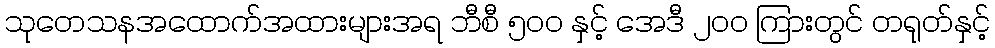
သုတေသနအထောက်အထားများအရ ဘီစီ ၅၀၀ နှင့် အေဒီ ၂၀၀ ကြားတွင် တရုတ်နှင့်